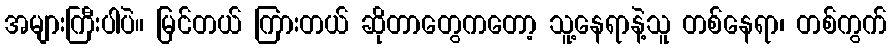
အများကြီးပါပဲ။ မြင်တယ် ကြားတယ် ဆိုတာတွေကတော့ သူ့နေရာနဲ့သူ တစ်နေရာ၊ တစ်ကွက်